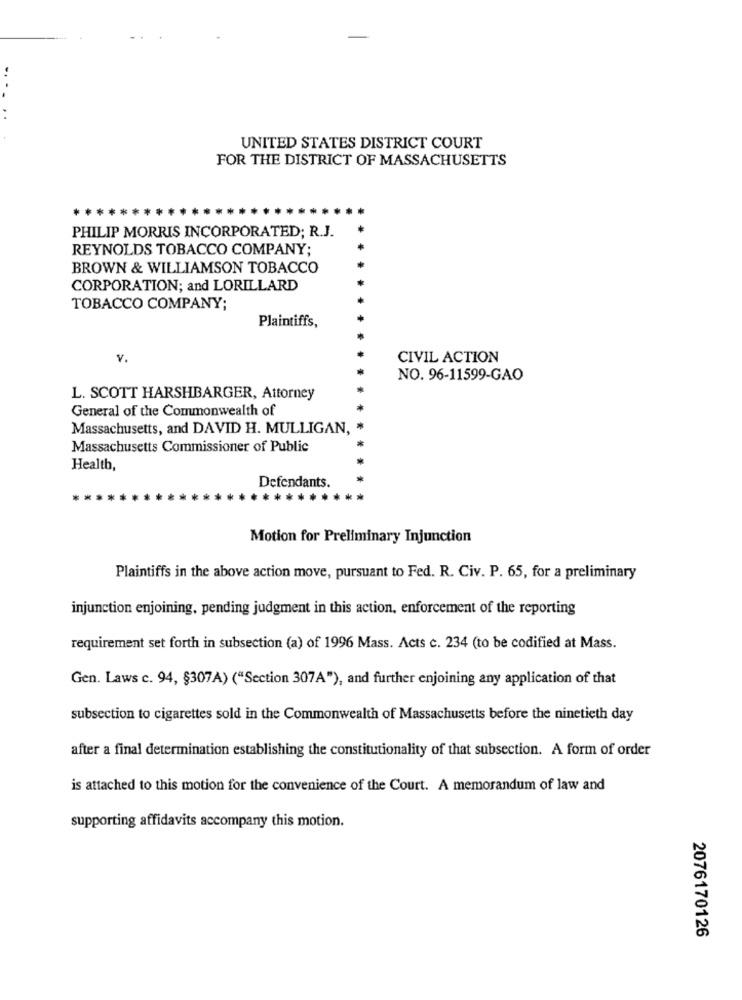
UNITED STATES DISTRICT COURT
FOR THE DISTRICT OF MASSACHUSETTS
PHILIP MORRIS INCORPORATED; R.J.
REYNOLDS TOBACCO COMPANY;
BROWN & WILLIAMSON TOBACCO
CORPORATION; and LORILLARD
TOBACCO COMPANY;
Plaintiffs,
v.
CIVIL ACTION
NO. 96-11599-GAO
L. SCOTT HARSHBARGER, Attorney
General of the Commonwealth of
Massachusetts, and DAVID H. MULLIGAN,
Massachusetts Commissioner of Public
Health,
Defendants.
Motion for Preliminary Injunction
Plaintiffs in the above action move, pursuant to Fed. R. Civ. P. 65, for a preliminary
injunction enjoining, pending judgment in this action, enforcement of the reporting
requirement set forth in subsection (a) of 1996 Mass. Acts c. 234 (to be codified at Mass.
Gen. Laws c. 94, §307A) ("Section 307A"), and further enjoining any application of that
subsection to cigarettes sold in the Commonwealth of Massachusetts before the ninetieth day
after a final determination establishing the constitutionality of that subsection. A form of order
is attached to this motion for the convenience of the Court. A memorandum of law and
supporting affidavits accompany this motion.
2076170126